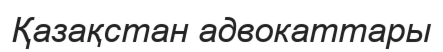
Қазақстан адвокаттары